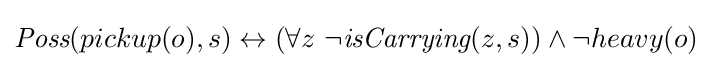
{\textit {Poss}}(pickup(o),s)\leftrightarrow (\forall z\ \neg {\textit {isCarrying}}(z,s))\wedge \neg heavy(o)